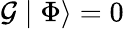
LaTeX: {\cal G}\mid\Phi\rangle=0